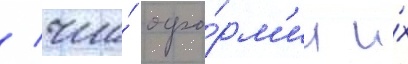
/ что́ офо́рм'ил и́х